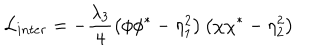
LaTeX: { \cal L } _ { i n t e r } = - \frac { \lambda _ { 3 } } { 4 } \left( \phi \phi ^ { * } - \eta _ { 1 } ^ { 2 } \right) \left( \chi \chi ^ { * } - \eta _ { 2 } ^ { 2 } \right)